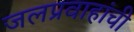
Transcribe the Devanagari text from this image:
जलप्रवाहांची